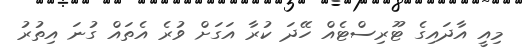
މިއީ އާދައިގެ ޓޫރިސްޓެއް ހޭދަ ކުރާ އަގަށް ވުރެ އެތައް ގުނަ އިތުރު